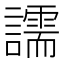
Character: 譳